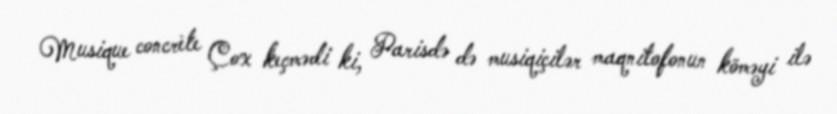
Musique concrète Çox keçmədi ki, Parisdə də musiqiçilər maqnitofonun köməyi ilə